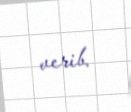
verib.